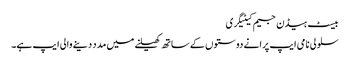
بیسٹ ہیڈن جیم کیٹیگری
سلولی نامی ایپ پرانے دوستوں کے ساتھ کھیلنے میں مدد دینے والی ایپ ہے۔